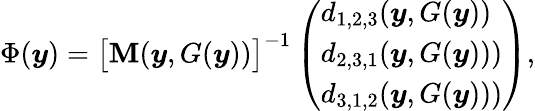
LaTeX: \Phi(\boldsymbol{y})=\big[\mathbf{M}(\boldsymbol{y},G(\boldsymbol{y}))\big]^{-1}\left(\begin{array}{l}{d_{1,2,3}(\boldsymbol{y},G(\boldsymbol{y}))}\\ {d_{2,3,1}(\boldsymbol{y},G(\boldsymbol{y})))}\\ {d_{3,1,2}(\boldsymbol{y},G(\boldsymbol{y})))}\end{array}\right),